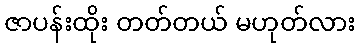
ဇာပန်းထိုး တတ်တယ် မဟုတ်လား